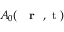
A _ { 0 } ( \mathrm { ~ { ~ \bf ~ r ~ } ~ , ~ t ~ } )